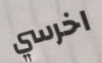
اخرسي